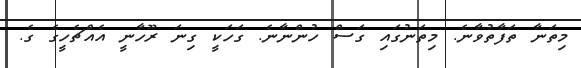
މިތަނާ ތަފާތުވާނެ. މިތަނުގައި ގަސް ހުންނާނެ. ގަހަކީ ގިނަ ރޫހާނީ އެއްޗެހީގެ ގެ.